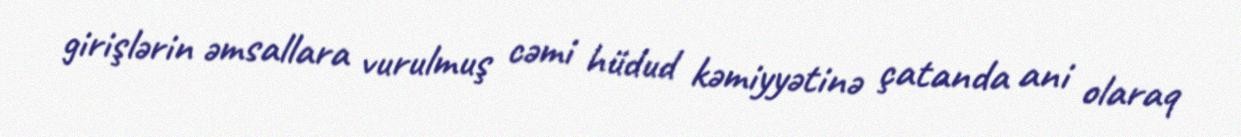
girişlərin əmsallara vurulmuş cəmi hüdud kəmiyyətinə çatanda ani olaraq